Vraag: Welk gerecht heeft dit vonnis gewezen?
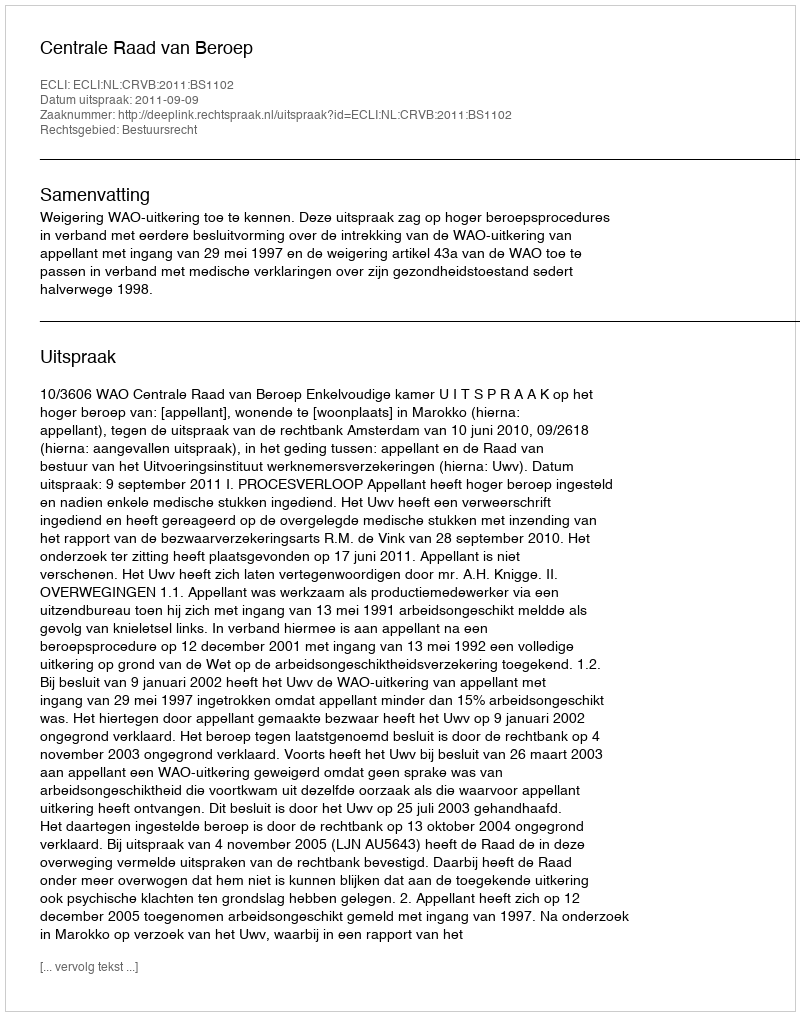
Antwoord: Centrale Raad van Beroep